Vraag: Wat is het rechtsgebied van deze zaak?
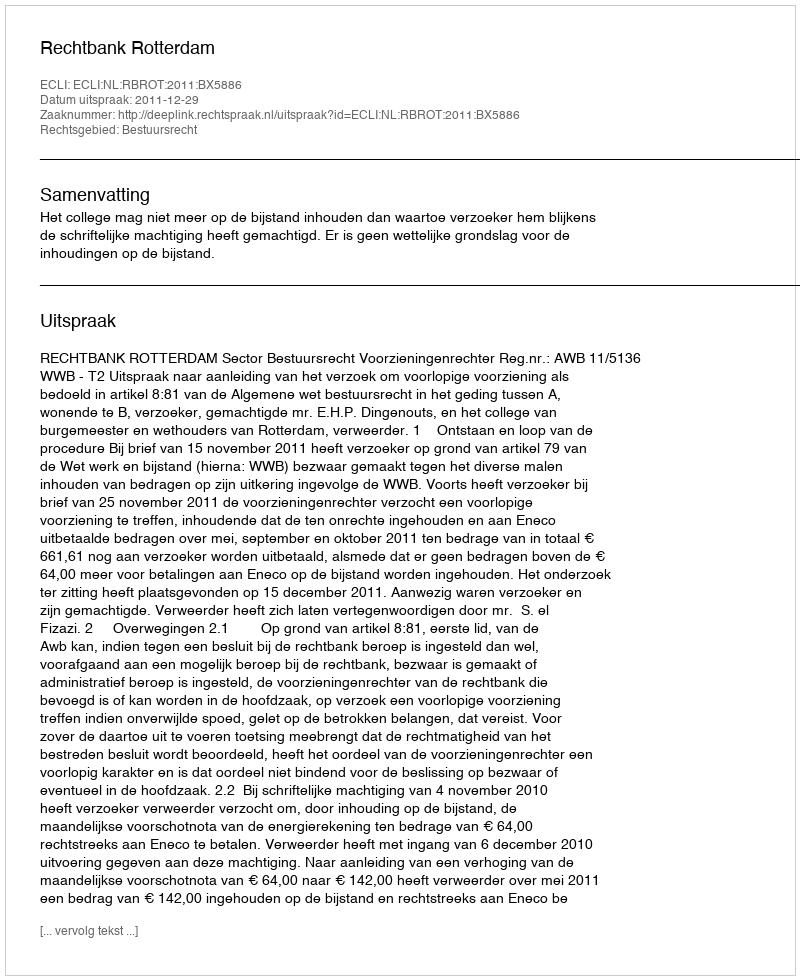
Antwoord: Bestuursrecht